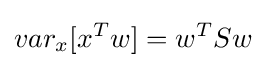
var_{x}[x^{T}w]=w^{T}Sw